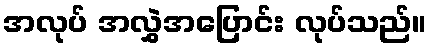
အလုပ် အလွှဲအပြောင်း လုပ်သည်။